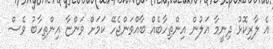
އެ ލާރިކޮޅު ދިނީމާ އަލުން އިންތިހާބެއް ބާއްވަންޖެހޭ ކަމަށް ވަންޏާ އިންތިހާބު ވެސް